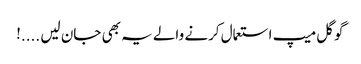
گوگل میپ استعمال کرنے والے یہ بھی جان لیں ....!